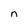
Character: n